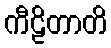
ကီဠိတာတိ